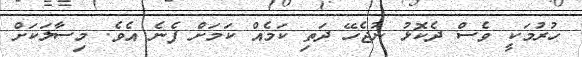
ހުރުމަކީ ވެސް ދެކޮޅު ނުޖެހޭ ދަތި ކަމެއް ކަމަށް ފެނެ އެވެ. މިސާލަކަށް